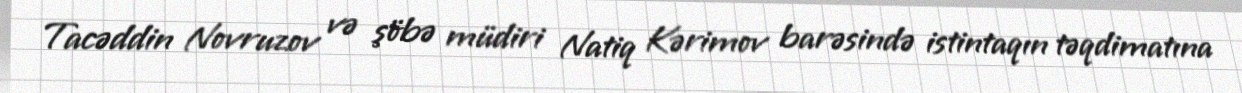
Tacəddin Novruzov və şöbə müdiri Natiq Kərimov barəsində istintaqın təqdimatına